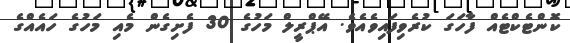
ކޮންޓެކްޓެއް ފާހަގަ ކުރެވިފައިވެއެވެ. އޭޕްރީލް މަހުގެ 30 ފެށިގެން މެއި މަހުގެ ހައެއްގެ